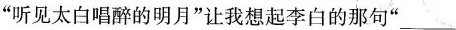
"听见太白唱醉的明月“让我想起李白的那句”___